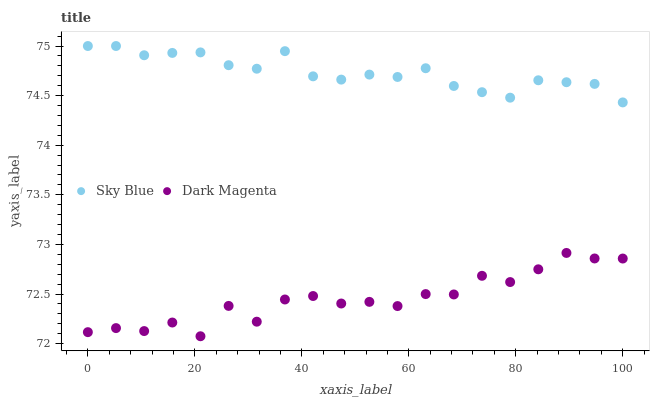
| xaxis_label | Sky Blue | Dark Magenta |
 | --- | --- | --- |
 | 0 | 75 | 72.1 |
 | 5.26 | 75 | 72.2 |
 | 10.5 | 74.9 | 72.1 |
 | 15.8 | 74.9 | 72.2 |
 | 21.1 | 74.9 | 72.1 |
 | 26.3 | 74.8 | 72.4 |
 | 31.6 | 74.8 | 72.2 |
 | 36.8 | 74.9 | 72.4 |
 | 42.1 | 74.7 | 72.5 |
 | 47.4 | 74.7 | 72.4 |
 | 52.6 | 74.7 | 72.4 |
 | 57.9 | 74.7 | 72.4 |
 | 63.2 | 74.8 | 72.5 |
 | 68.4 | 74.6 | 72.5 |
 | 73.7 | 74.5 | 72.7 |
 | 78.9 | 74.5 | 72.6 |
 | 84.2 | 74.7 | 72.7 |
 | 89.5 | 74.6 | 72.9 |
 | 94.7 | 74.6 | 72.9 |
 | 100 | 74.4 | 72.9 |